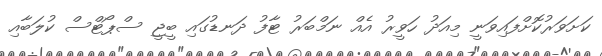
ކަށަވަރުކޮށްފައިވަނީ މިއަދު ހަވީރު އެއް ނަމްބަރު ޓާފު ދަނޑުގައި ބީޖީ ސްޕޯޓްސް ކުލަބާއި